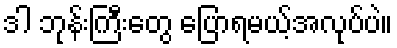
ဒါ ဘုန်းကြီးတွေ ပြောရမယ့်အလုပ်ပဲ။